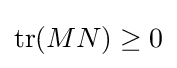
\operatorname {tr} (MN)\geq 0